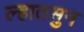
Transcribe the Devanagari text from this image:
ल्हातसुन